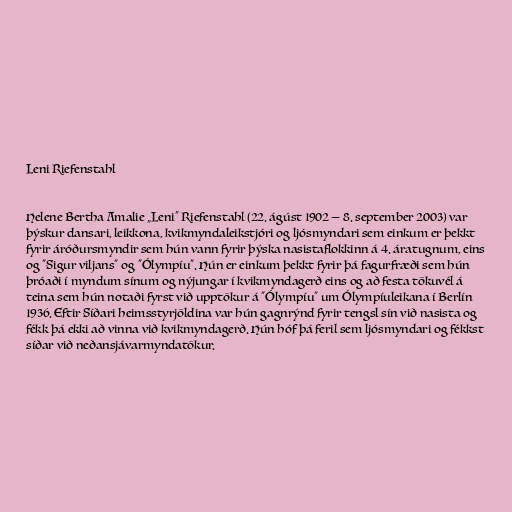
Leni Riefenstahl

Helene Bertha Amalie „Leni“ Riefenstahl (22. ágúst 1902 — 8. september 2003) var
þýskur dansari, leikkona, kvikmyndaleikstjóri og ljósmyndari sem einkum er þekkt
fyrir áróðursmyndir sem hún vann fyrir þýska nasistaflokkinn á 4. áratugnum, eins
og "Sigur viljans" og "Ólympíu". Hún er einkum þekkt fyrir þá fagurfræði sem hún
þróaði í myndum sínum og nýjungar í kvikmyndagerð eins og að festa tökuvél á
teina sem hún notaði fyrst við upptökur á "Ólympíu" um Ólympíuleikana í Berlín
1936. Eftir Síðari heimsstyrjöldina var hún gagnrýnd fyrir tengsl sín við nasista og
fékk þá ekki að vinna við kvikmyndagerð. Hún hóf þá feril sem ljósmyndari og fékkst
síðar við neðansjávarmyndatökur.